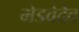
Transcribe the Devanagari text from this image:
मेडवेदेव